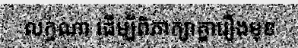
លក្ខណា ដើម្បីពិភាក្សាគ្នារឿងមុខ